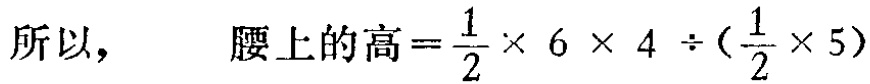
所以，\(\text{腰上的高}=\frac{1}{2} \times 6 \times 4 \div (\frac{1}{2} \times 5)\)